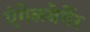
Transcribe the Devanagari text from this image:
एंगेलबेर्गेर